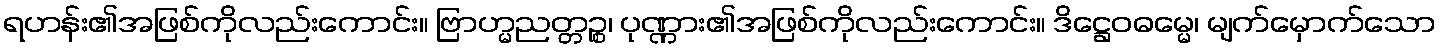
ရဟန်း၏အဖြစ်ကိုလည်းကောင်း။ ဗြာဟ္မညတ္တဉ္စ၊ ပုဏ္ဏား၏အဖြစ်ကိုလည်းကောင်း။ ဒိဋ္ဌေဝဓမ္မေ၊ မျက်မှောက်သော